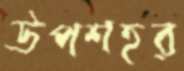
উপশহর